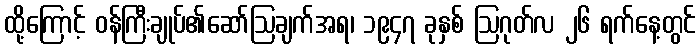
ထို့ကြောင့် ဝန်ကြီးချုပ်၏ဆော်ဩချက်အရ၊ ၁၉၄၇ ခုနှစ် ဩဂုတ်လ ၂၆ ရက်နေ့တွင်